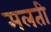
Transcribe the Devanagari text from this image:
मलती